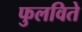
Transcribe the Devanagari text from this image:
फुलविते